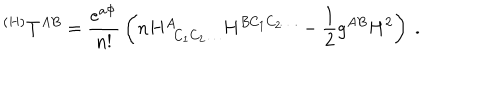
^ { ( H ) } T ^ { A B } = { \frac { e ^ { a \Phi } } { n ! } } \left( n H _ { ~ ~ C _ { 1 } C _ { 2 } \ldots } ^ { A } H ^ { B C _ { 1 } C _ { 2 } \ldots } - { \frac { 1 } { 2 } } g ^ { A B } H ^ { 2 } \right) \ .